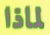
لماذا